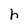
Character: h